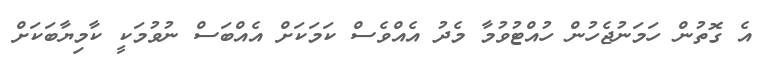
އެ ގޮތުން ހަމަނުޖެހުން ހުއްޓުވުމާ މެދު އެއްވެސް ކަމަކަށް އެއްބަސް ނުވުމަކީ ކާމިޔާބަކަށް